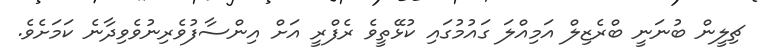
ޗިލީން ބުނަނީ ބްރެޒިލް އަމިއްލަ ގައުމުގައި ކުޅޭތީވެ ރެފްރީ އަށް އިންސާފުވެރިނުވެވިދާނެ ކަމަށެވެ.